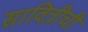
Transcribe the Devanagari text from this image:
सावित्रीची